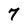
Character: 7